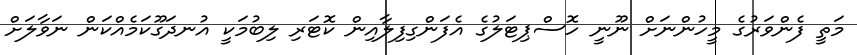
މަތީ ފެންވަރުގެ މީހުންނަށް ނޫނީ ހޮސްޕިޓަލުގެ އެފަންގިފިލާއިން ކޮޓަރި ލިބުމަކީ އުނދަގޫކަމެއްކަން ނަވާލަށް